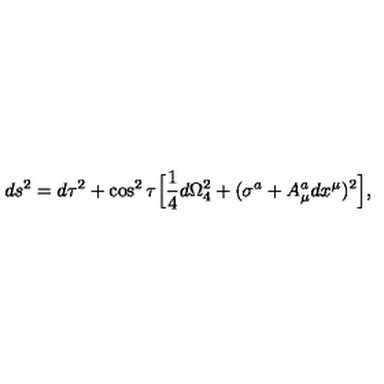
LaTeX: d s ^ { 2 } = d \tau ^ { 2 } + \cos ^ { 2 } \tau \Big [ { \frac { 1 } { 4 } } d \Omega _ { 4 } ^ { 2 } + ( \sigma ^ { a } + A _ { \mu } ^ { a } d x ^ { \mu } ) ^ { 2 } \Big ] ,